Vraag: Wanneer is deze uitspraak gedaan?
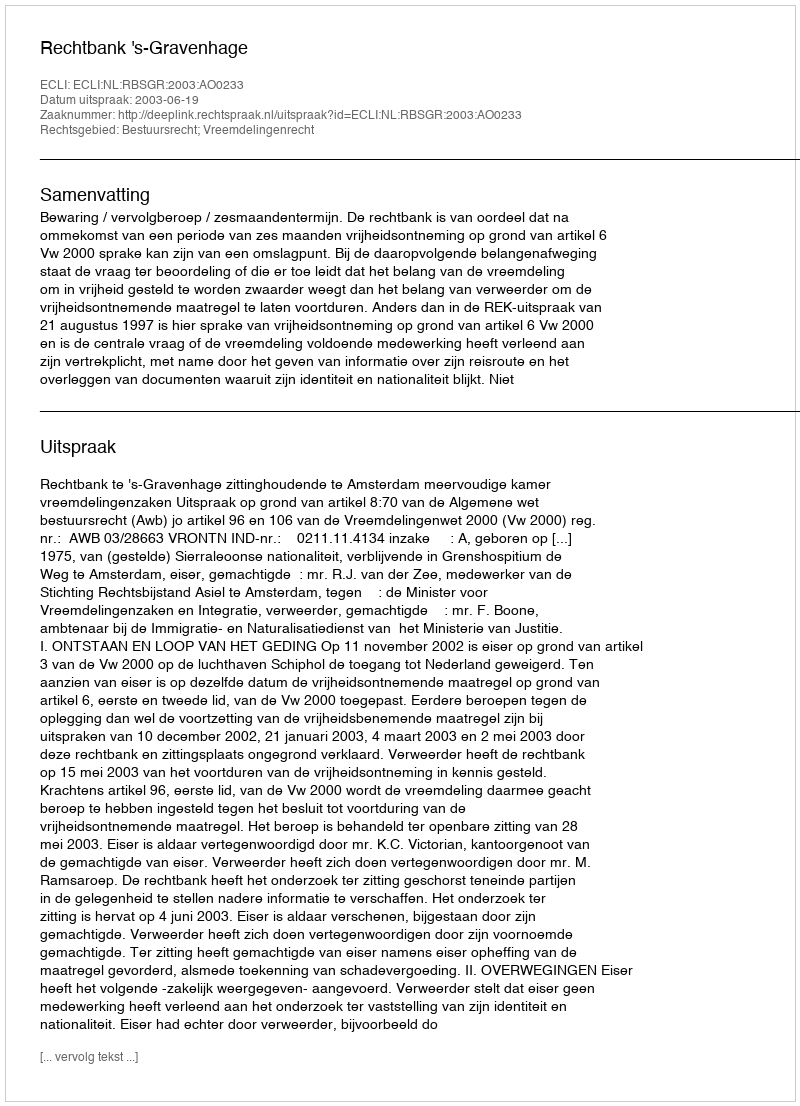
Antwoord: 2003-06-19